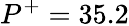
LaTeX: P^{+}=35.2